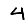
Digit: 4